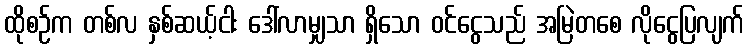
ထိုစဉ်က တစ်လ နှစ်ဆယ့်ငါး ဒေါ်လာမျှသာ ရှိသော ဝင်ငွေသည် အမြဲတစေ လိုငွေပြလျက်